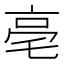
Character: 亳